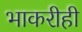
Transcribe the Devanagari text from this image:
भाकरीही